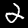
Label: 2